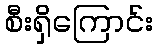
စီးရှိကြောင်း